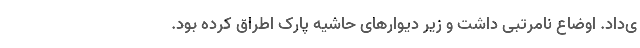
ی‌داد. اوضاع نامرتبی داشت و زیر دیوارهای حاشیه پارک اطراق کرده بود.